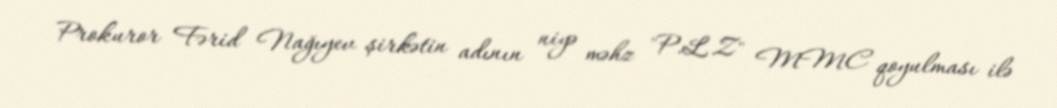
Prokuror Fərid Nağıyev şirkətin adının niyə məhz "P.L.Z" MMC qoyulması ilə